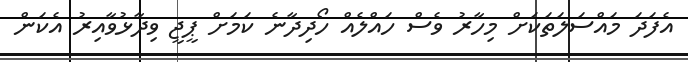
އެފަދަ މައްސަލަތަކަށް މިހާރު ވެސް ހައްލެއް ހޯދިދާނެ ކަމަށް ޕީޖީ ވިދާޅުވާއިރު އެކަން